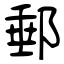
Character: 郵